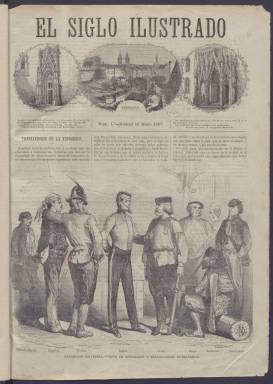
Título: El Siglo ilustrado
Colección: Semanarios de amenidades
Ámbito geográfico: Madrid
Lugar de publicación: Madrid
Fechas: 19/05/1867-29/11/1868

Revista de gran formato, cuidada impresión y periodicidad semanal profusamente ilustrada de la que es propietario y director Alejandro Montaud. Comienza a publicarse el 19 de mayo de 1867, con grabados de actualidad (vistas de las exposiciones de París y Nueva York, etc.) o retratos de altos mandatarios (reyes, emperatrices, etc.), generalmente de procedencia extranjera, pero también española (vistas monumentales de Madrid, Sevilla, etc.), en los que también se incluyen vistas panorámicas, de edificios, de escenas, estampas y tipos pintorescos, alguno de ellos de Gustavo Doré.

Cada número, generalmente, de ocho páginas, comienza con una crónica de actualidad semanal, de carácter variado, e inserta artículos de divulgación científica, curiosidades, viajes, geografía, antropología, economía doméstica, hípica, arte (pintura, música, arqueología), biografías, historia, tradiciones o de asuntos sociales, que describen los grabados, así como crónicas de teatro y textos de estudios literarios y de creación (novelas, leyendas, poesías, sainetes, textos dramáticos y satíricos), y también charadas y jeroglíficos. Su última plana está dedicada a anuncios comerciales.

Su nómina de colaboradores es variada y en sus páginas se encuentran textos de Manuel del Palacio, Ruiz Aguilera, García Ladevesse, Mesonero Romanos, Eusebio Blasco, Antonio Ramiro, Javier Ramírez, F.J. de Bona, Manuel Pancorbo o Eugenio Sellés. Pero sobre todo de Luis Rivera, que será su primer redactor-jefe, y de Julián Álvarez Guerra, que le sustituirá como director literario.

Tras el 18 de septiembre de 1868, se sumará momentáneamente a la euforia de la Gloriosa introduciendo textos más osados sobre cuestiones políticas en un tono progresista, con las biografías y retratos de los generales Juan Prim y Juan Bautista Topete, escritos por Álvarez Guerra, o sobre el padre Claret, con la firma de M. de Rivera Delgado. También aparecerán unos dibujos satíricos de Ortego, litografiados por N. González Jacometrezo, sobre la reina destronada y los carlistas. José Joaquín Ribó escribirá unas crónicas catalanas.

Después de año y medio publicará su número 78 y último el 29 de noviembre de 1868, no sin antes su propietario anunciar el cese de Álvarez Guerra como director literario de la revista, que será continuada por El nuevo siglo ilustrado, a partir de marzo del siguiente año, siguiendo la secuencia anual.

El 5/9/2023 se reemplazan las anteriores imágenes, procedentes de la digitalización del microfilme, por imágenes digitalizadas a partir del original.

[Descripción modificada el 5/9/2023]